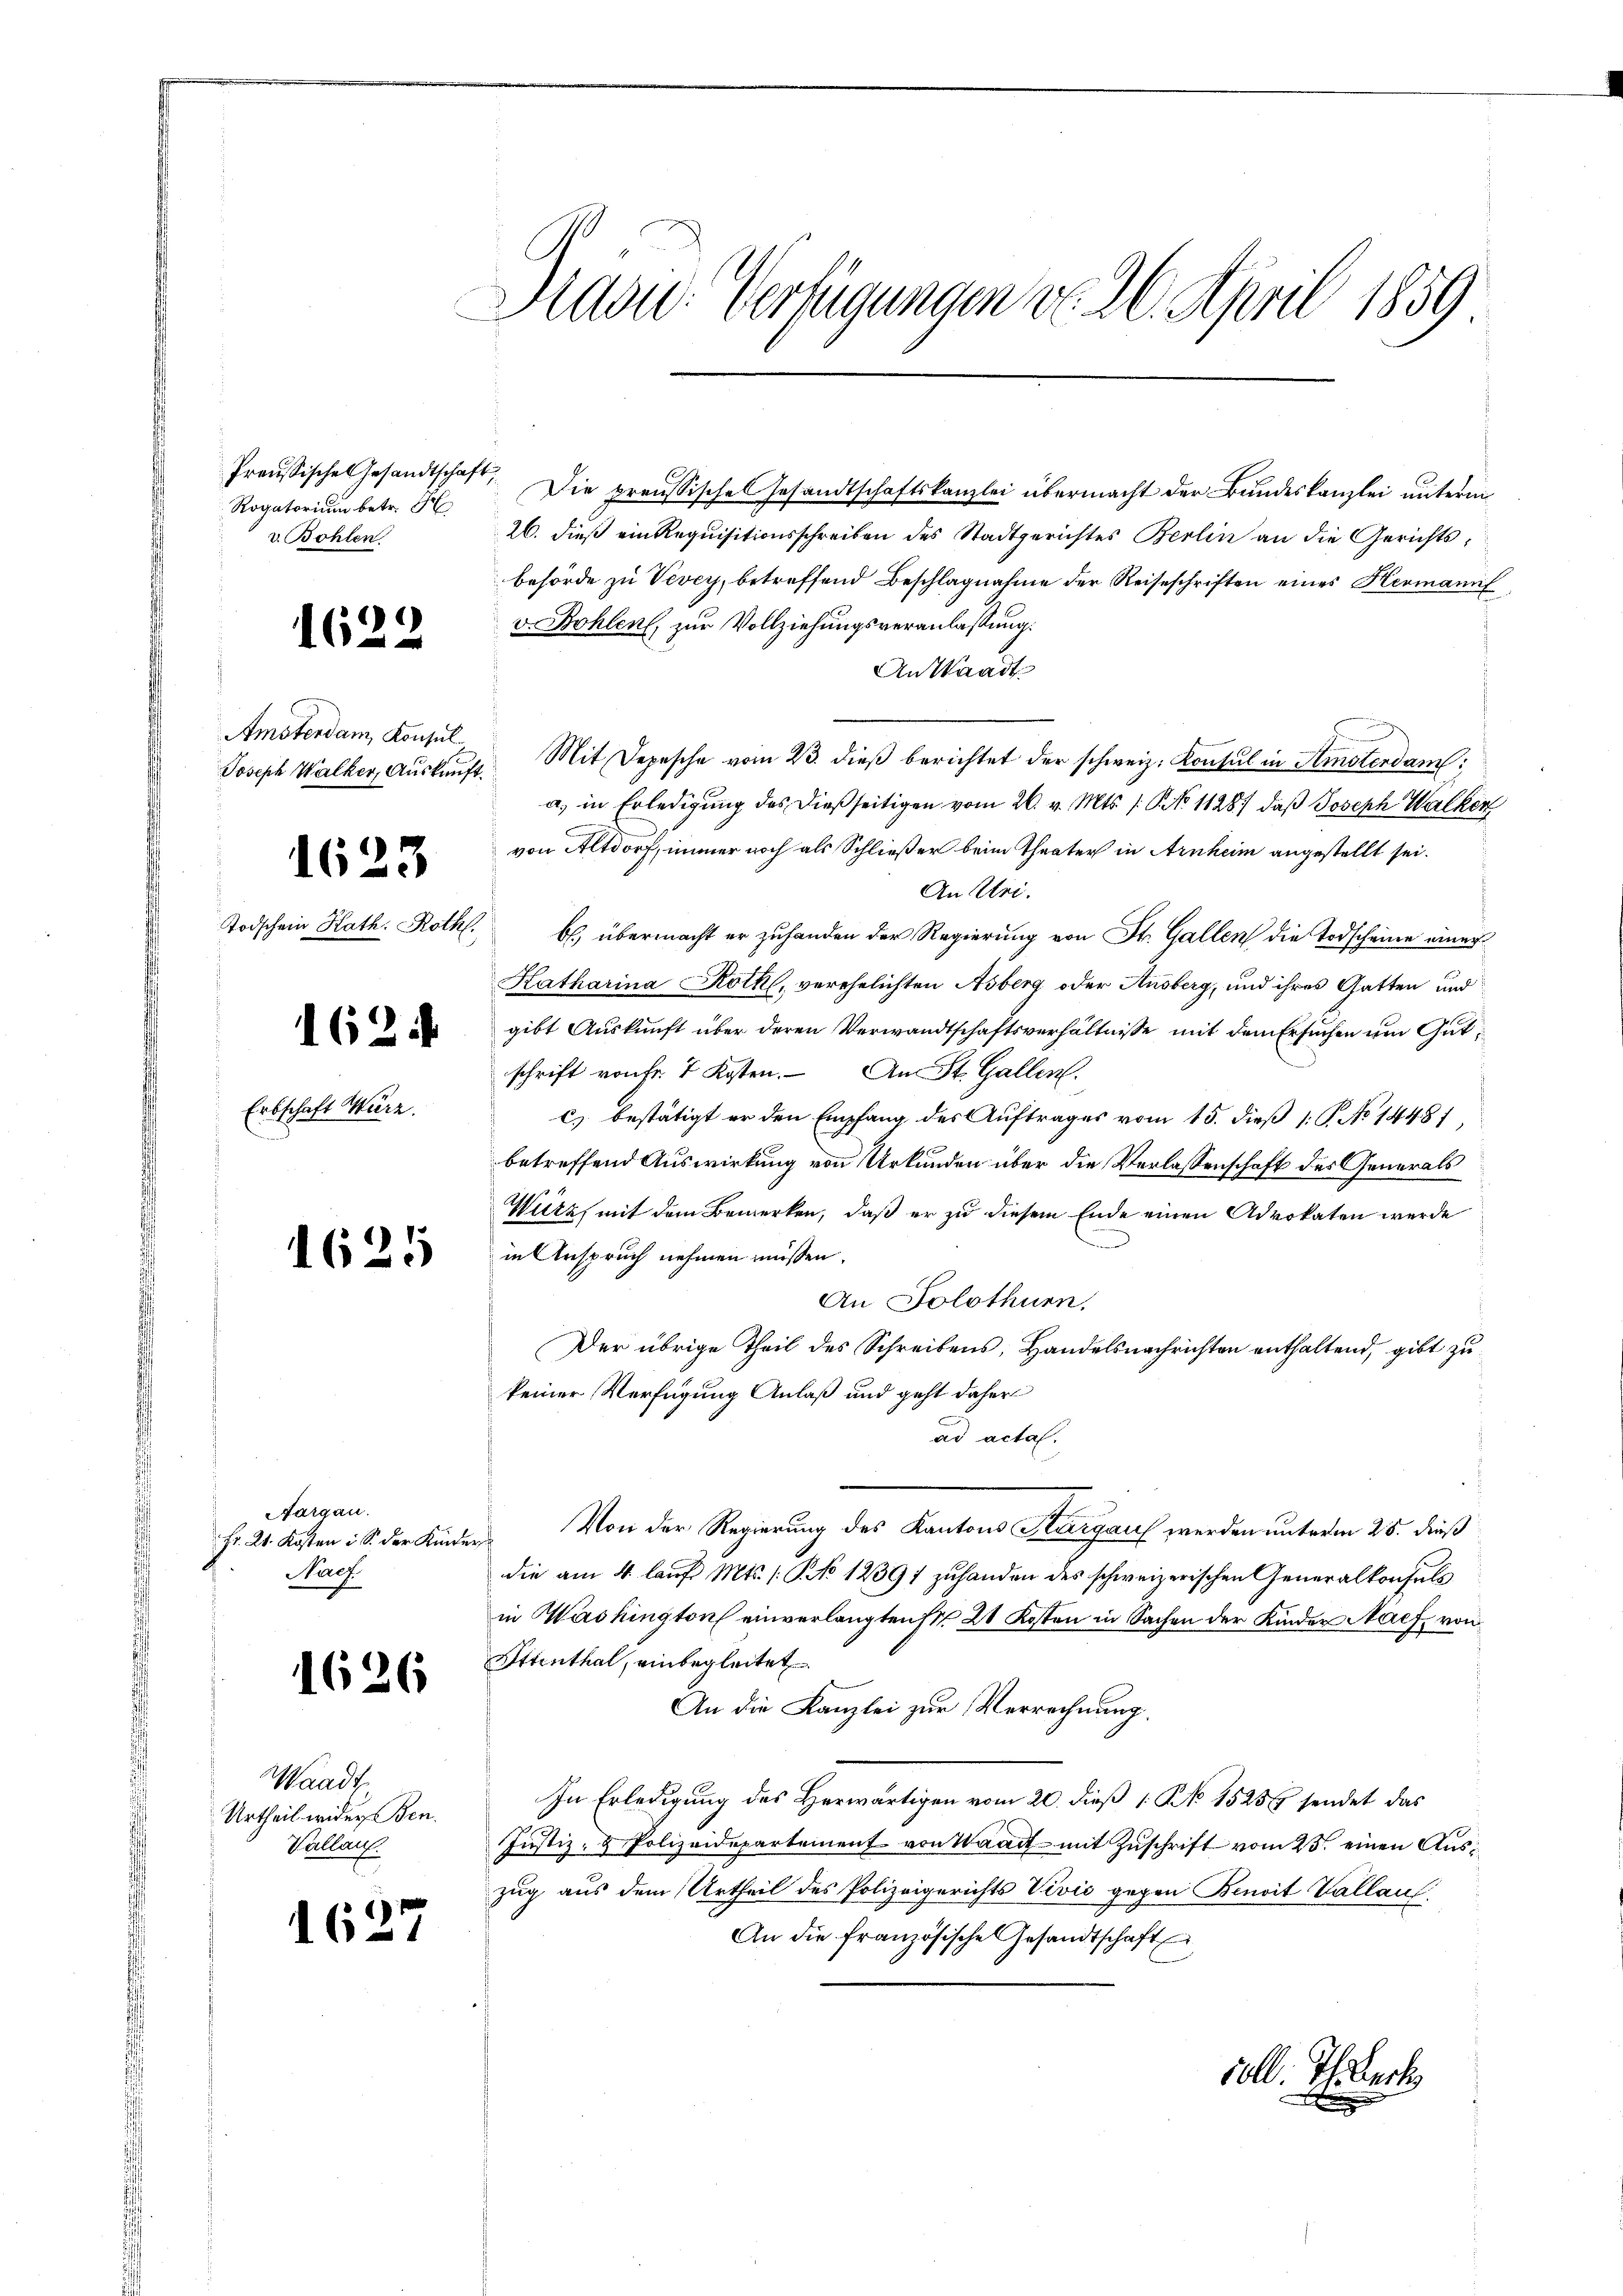
Rogatorium betr. H
v. Bohlen

1622

Amsterdam Konsul

1623

Todschein Kath. Roth.

1624

Erbschaft Würz.

1625

Sargau.
Fr. 21. Kosten i S. der Kund¬
Nach

1626

Waadt
Urtheil wider Ben
Vallauf.

1627

Aidon. Vertigungen do. 26. April 1859

Preussische Gesandtschaft. Die preussisches Gesandtschaftskanzlei übermacht der Bundeskanzlei unterm
26. dieß ein Requisitionsschreiben des Stadtgerichtes Berlin an die Gerichts-
behörde zu Vevey, betreffend Beschlagnahme der Reiseschriften eines Hermanif
v. Bohlen, zur Vollziehungsveranlassung.
An Waadt
Joseph Walker, Aŭskaŭft. Mit Depesche vom 23. dieβ berichtet der schweiz. Konsul in Amstendam
a. in Erledigung des dießseitigen vom 26. v. Mts. /: No 11287, daß Joseph Walken
von Altdorf, immer noch als Schließer beim Theater in Arnheim angestellt sei.
An Uri.
b, übermacht er zuhanden der Regierung von St. Gallen die Todscheine einer
Katharina Roth, verehelichten Asberg oder Ausberg, und ihres Gatten und
gibt Auskunft über deren Verwandtschaftsverhältnisse mit dem Ersuchen um Gutschrift von Fr. 7 Kosten. An St. Gallen.
c) bestätigt er den Empfang des Auftrages vom 15. dieß 1 S. No 14481,
betreffend Auswirkung von Urkunden über die Verlassenschaft des Generals
Wirz, mit dem Bemerken, daß er zu diesem Ende einen Advokaten werde
in Anspruch nehmen müssen.
An Solothurn.
Der übrige Theil des Schreibens, Handelsnachrichten enthaltend, gibt zukeiner Verfügung Anlaß und geht daher
ad acta.
Von der Regierung des Kantons Sargaus werden unterm 25. dieß
un
die am 4. laŭf Mts. /: No 12391 zuhanden des schweizerischen Generalkonsuls
in Washington einverlangten Fr. 21 Kosten in Sachen der Kinder Nach von
Ettenthal, einbegleitet
An die Kanzlei zur Verrechnung.
In Erledigung des Herwärtigen vom 20. dieß 1 No 1525 sendet das
Justiz- & Polizeidepartement von Waadt mit Zuschrift vom 25. einen Auszug aus dem Urtheil des Polizeigerichts Vivić gegen Benoit Vallauf
An die französische Gesandtschaft
coll. Thibert